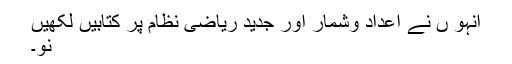
انہو ں نے اعداد وشمار اور جدید ریاضی نظام پر کتابیں لکھیں
نو۔